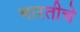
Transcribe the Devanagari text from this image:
भारतीचे